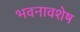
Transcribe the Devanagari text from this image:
भवनावशेष